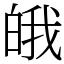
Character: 皒